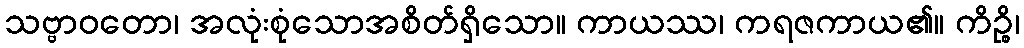
သဗ္ဗာဝတော၊ အလုံးစုံသောအစိတ်ရှိသော။ ကာယဿ၊ ကရဇကာယ၏။ ကိဉ္စိ၊